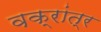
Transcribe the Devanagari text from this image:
वक्रांत्र